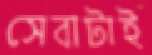
সেবাটাই